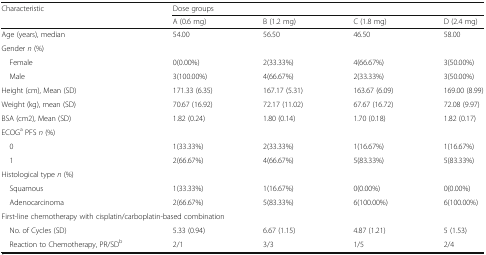
<table><thead><tr><td rowspan="2"><b>Characteristic</b></td><td colspan="4"><b>Dose groups</b></td></tr><tr><td><b>A (0.6 mg)</b></td><td><b>B (1.2 mg)</b></td><td><b>C (1.8 mg)</b></td><td><b>D (2.4 mg)</b></td></tr></thead><tbody><tr><td>Age (years), median</td><td>54.00</td><td>56.50</td><td>46.50</td><td>58.00</td></tr><tr><td colspan="5">Gender <i>n</i> (%)</td></tr><tr><td> Female</td><td>0(0.00%)</td><td>2(33.33%)</td><td>4(66.67%)</td><td>3(50.00%)</td></tr><tr><td> Male</td><td>3(100.00%)</td><td>4(66.67%)</td><td>2(33.33%)</td><td>3(50.00%)</td></tr><tr><td>Height (cm), Mean (SD)</td><td>171.33 (6.35)</td><td>167.17 (5.31)</td><td>163.67 (6.09)</td><td>169.00 (8.99)</td></tr><tr><td>Weight (kg), mean (SD)</td><td>70.67 (16.92)</td><td>72.17 (11.02)</td><td>67.67 (16.72)</td><td>72.08 (9.97)</td></tr><tr><td>BSA (cm2), Mean (SD)</td><td>1.82 (0.24)</td><td>1.80 (0.14)</td><td>1.70 (0.18)</td><td>1.82 (0.17)</td></tr><tr><td colspan="5">ECOG<sup>a</sup> PFS <i>n</i> (%)</td></tr><tr><td> 0</td><td>1(33.33%)</td><td>2(33.33%)</td><td>1(16.67%)</td><td>1(16.67%)</td></tr><tr><td> 1</td><td>2(66.67%)</td><td>4(66.67%)</td><td>5(83.33%)</td><td>5(83.33%)</td></tr><tr><td colspan="5">Histological type <i>n</i> (%)</td></tr><tr><td> Squamous</td><td>1(33.33%)</td><td>1(16.67%)</td><td>0(0.00%)</td><td>0(0.00%)</td></tr><tr><td> Adenocarcinoma</td><td>2(66.67%)</td><td>5(83.33%)</td><td>6(100.00%)</td><td>6(100.00%)</td></tr><tr><td colspan="5">First-line chemotherapy with cisplatin/carboplatin-based combination</td></tr><tr><td> No. of Cycles (SD)</td><td>5.33 (0.94)</td><td>6.67 (1.15)</td><td>4.87 (1.21)</td><td>5 (1.53)</td></tr><tr><td> Reaction to Chemotherapy, PR/SD<sup>b</sup></td><td>2/1</td><td>3/3</td><td>1/5</td><td>2/4</td></tr></tbody></table>